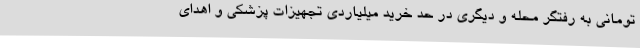
تومانی به رفتگر محله و دیگری در حد خرید میلیاردی تجهیزات پزشکی و اهدای